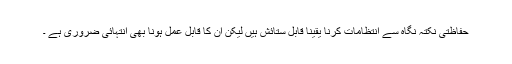
حفاظتی نکتہ نگاہ سے انتظامات کرنا یقینا قابل ستائش ہیں لیکن ان کا قابل عمل ہونا بھی انتہائی ضروری ہے ۔